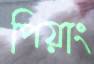
পিয়াং